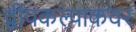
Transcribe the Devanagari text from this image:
द्वीपकल्पाकवर